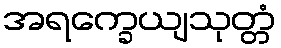
အရက္ခေယျသုတ္တံ